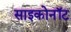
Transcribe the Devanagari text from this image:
साइकोनॉट